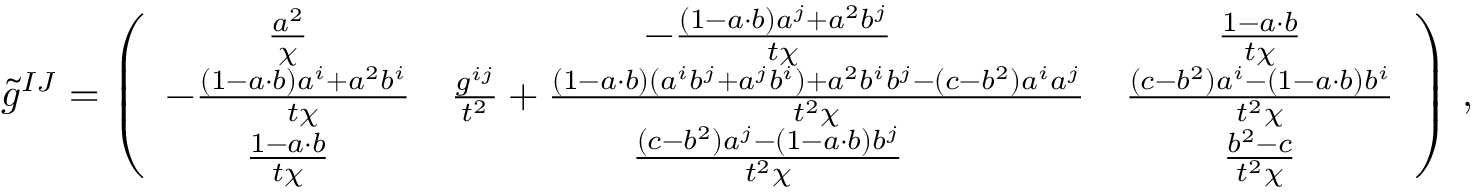
\tilde { g } ^ { I J } = \left( \begin{array} { c c c } { \frac { a ^ { 2 } } { \chi } } & { - \frac { ( 1 - a \cdot b ) a ^ { j } + a ^ { 2 } b ^ { j } } { t \chi } } & { \frac { 1 - a \cdot b } { t \chi } } \\ { - \frac { ( 1 - a \cdot b ) a ^ { i } + a ^ { 2 } b ^ { i } } { t \chi } } & { \frac { g ^ { i j } } { t ^ { 2 } } + \frac { ( 1 - a \cdot b ) ( a ^ { i } b ^ { j } + a ^ { j } b ^ { i } ) + a ^ { 2 } b ^ { i } b ^ { j } - ( c - b ^ { 2 } ) a ^ { i } a ^ { j } } { t ^ { 2 } \chi } } & { \frac { ( c - b ^ { 2 } ) a ^ { i } - ( 1 - a \cdot b ) b ^ { i } } { t ^ { 2 } \chi } } \\ { \frac { 1 - a \cdot b } { t \chi } } & { \frac { ( c - b ^ { 2 } ) a ^ { j } - ( 1 - a \cdot b ) b ^ { j } } { t ^ { 2 } \chi } } & { \frac { b ^ { 2 } - c } { t ^ { 2 } \chi } } \end{array} \right) \, ,